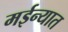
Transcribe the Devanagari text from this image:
मईन्यात